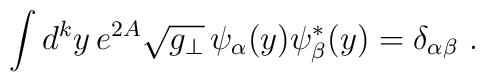
\int d^ky \,e^{2A} \sqrt{g_\perp}\, \psi_\alpha(y)  \psi_\beta^*(y)= \delta_{\alpha\beta}\ .